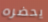
يحضره